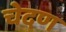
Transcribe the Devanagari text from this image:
चेदण